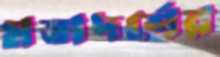
মতাদর্শের